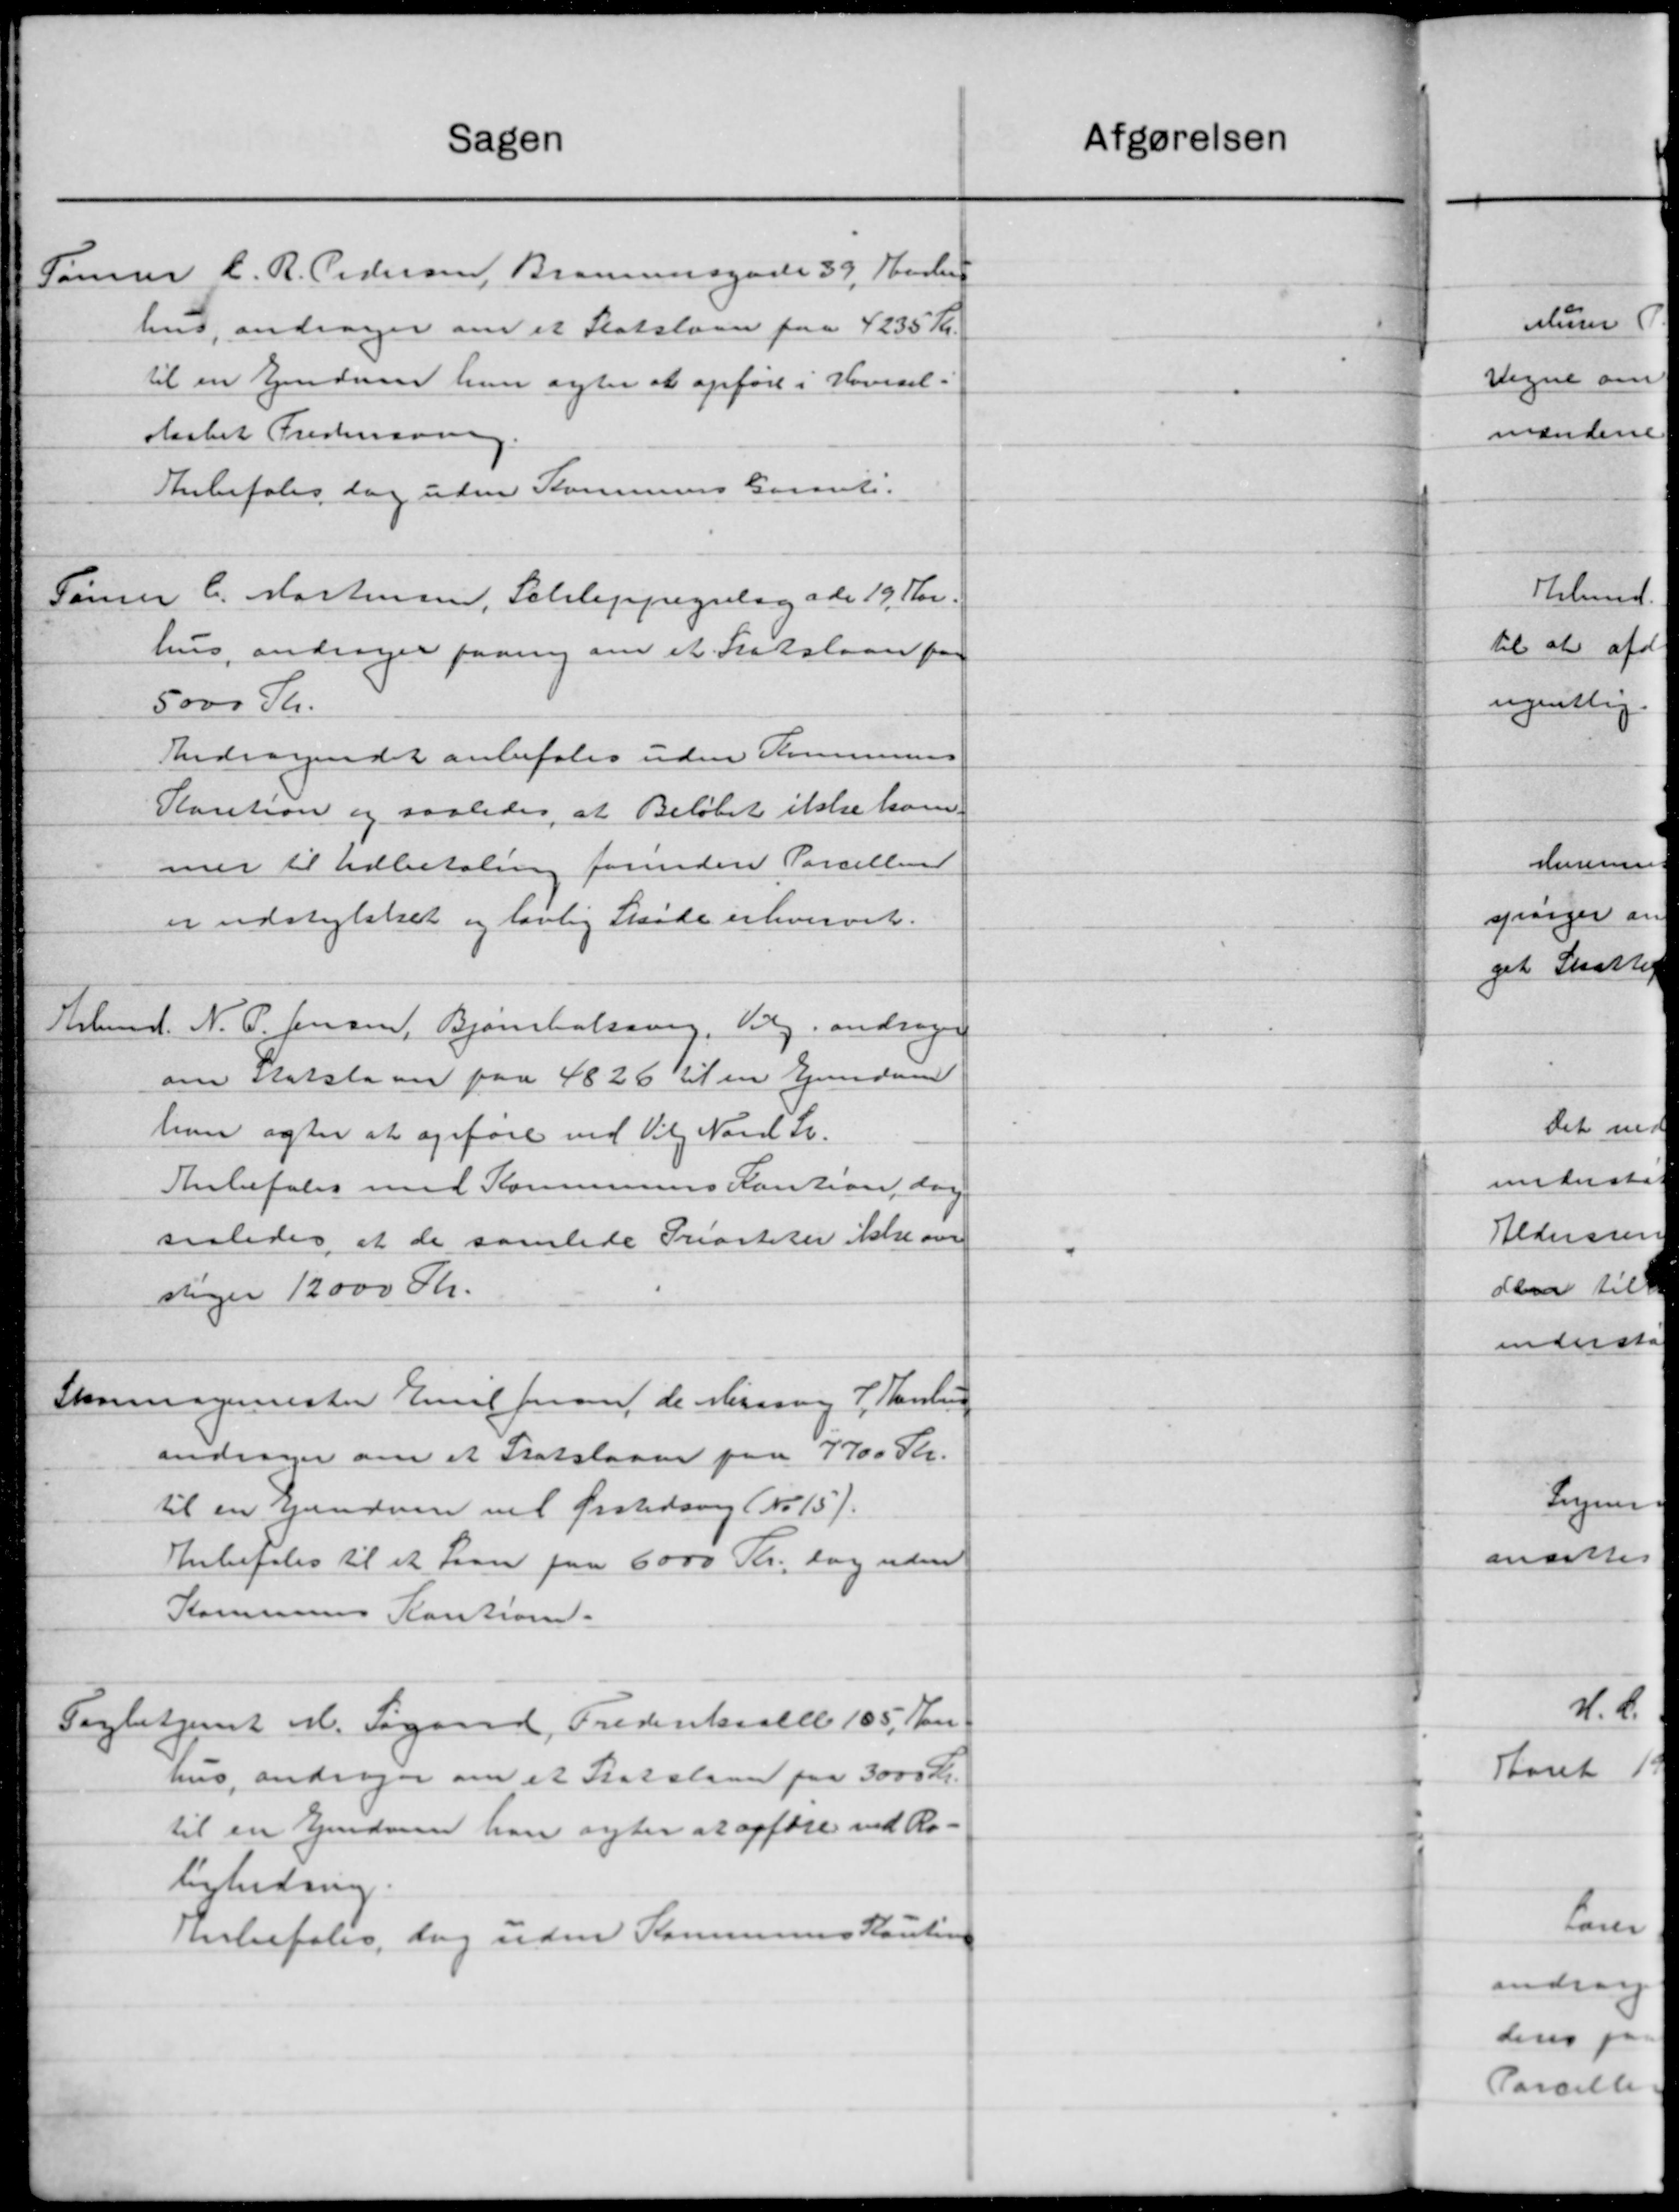
Transskription:
Sagen
Tømrer C. R. Pedersen, Braunsgade 39, Husle
hus, andrager om et Statslaan paa 4235 Kr.
til en Ejendom han agter at opføre i Vovesel-
Aaabet Frederiksve
Anbefales dog uden Kommunens Garanti.
Tømrer C. Mortensen, Schleppegrelagade 19. Skr.
hus, andrager paany om et Fratslaan faa
5000 Kr.
Andragendet anbefales uden Kommunens
Kaution og saaledes, at Beløbet ikke ham
mer til Udbetaling forinden Parcelling
er udstykket og lovlig Skøde erhvervet.
Arbmd. N. P. Jensen, Bjørnholdning. Valg andrager
om statslaan paa 4826 til en Ejendom
hun agter at opføre ved Vilg Nove S.
Anbefales med Kommunens Kaution, dog
saaledes at de samlede Priastiker ikke over
stiger 12000 Kr.
Skomagermester Emil Jensen, de Mening J. Paulsen
andrager om et Statslaan paa 7700 Kr.
til en gandven vil Ørstedsvig No 15).
Anbefales til et Laan paa 6000 Kr. og uden
Kommunes Kaution.
Fagbetjent M. Søgaard, Frederiksalle 105 Kr
hus, andrager om et Statslaan paa 3000 Kr.
til en Ejendom han agter at opføre ved Ro-
bnledning.
Anbefalis, dog uden Kommunens Kautionen